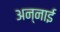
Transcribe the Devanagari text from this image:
अन्नाई